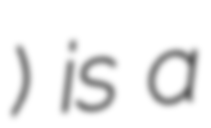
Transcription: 萩本) is a